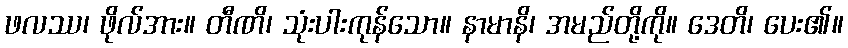
ဖလဿ၊ ဖိုလ်အား။ တီဏိ၊ သုံးပါးကုန်သော။ နာမာနိ၊ အမည်တို့ကို။ ဒေတိ၊ ပေး၏။